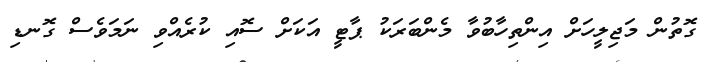
ގޮތުން މަޖިލީހަށް އިންތިހާބުވާ މެންބަރަކު ޕާޓީ އަކަށް ސޮއި ކުރެއްވި ނަމަވެސް ގޮނޑި